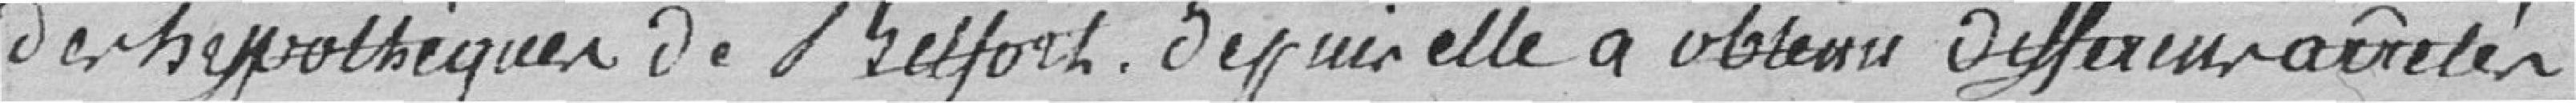
des hypothèques de Belfort depuis elle a obtenu différents arrêtés